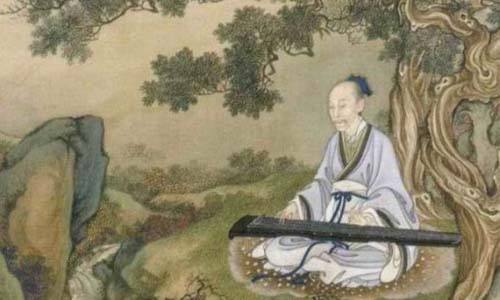
密云双凤，初破缕金团。